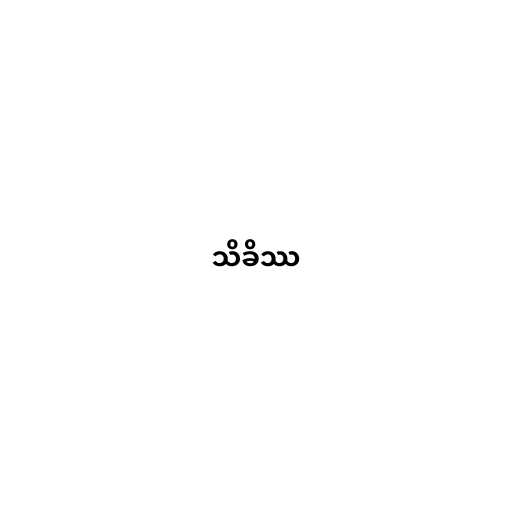
သိခိဿ